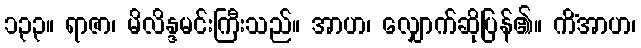
၁၃၃။ ရာဇာ၊ မိလိန္ဒမင်းကြီးသည်။ အာဟ၊ လျှောက်ဆိုပြန်၏။ ကိံအာဟ၊